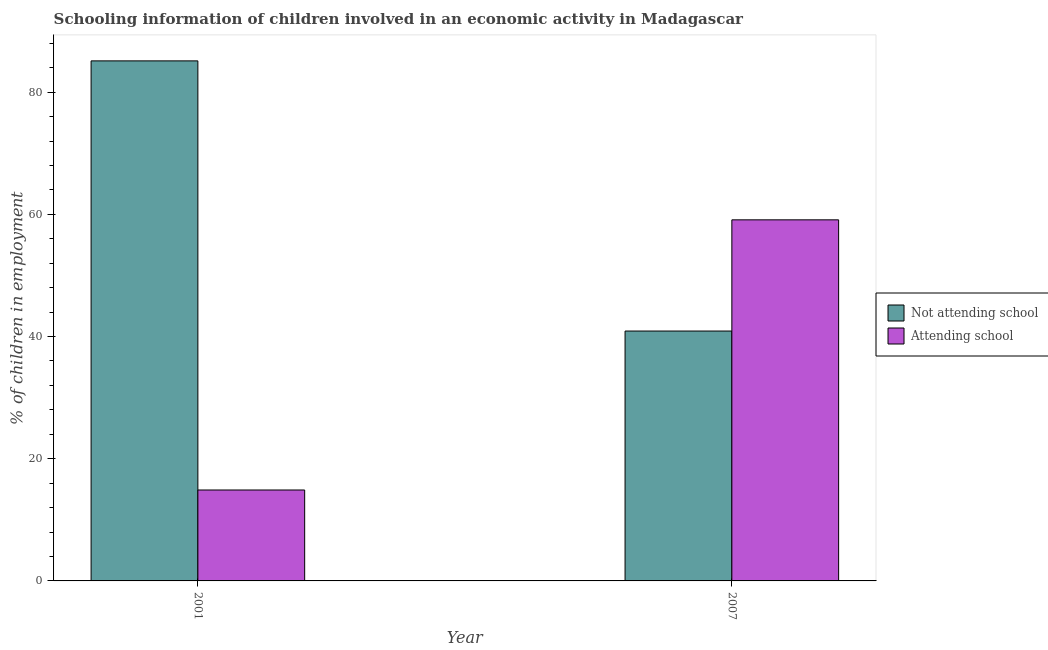
| Year | Not attending school | Attending school |
 | --- | --- | --- |
 | 2001 | 85.1 | 14.9 |
 | 2007 | 40.9 | 59.1 |